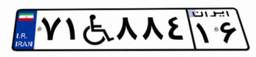
۷۱W۸۸۴۱۶